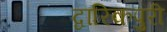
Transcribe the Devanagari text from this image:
द्वारिकपुरी